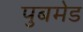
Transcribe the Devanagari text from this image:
पुबमेड